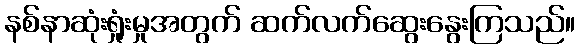
နစ်နာဆုံးရှုံးမှုအတွက် ဆက်လက်ဆွေးနွေးကြသည်။